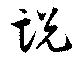
説